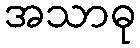
အသာဓု